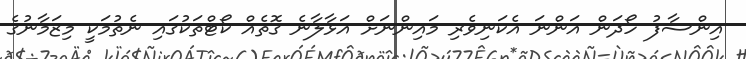
އިންސާފު ހޯދަން އަންނަ އެކަނިވެރި މައިންނަށް އަޅާލާނެ ގޮތެއް ކޯޓްތަކުގައި ނެތުމަކީ މިޒަމާނުގެ